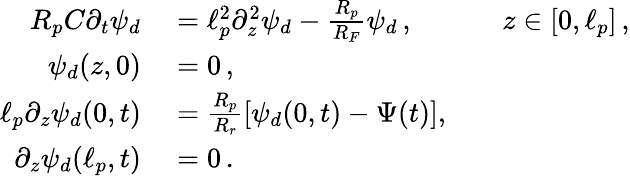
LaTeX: \begin{array}{rlrl}{R_{p}C\partial_{t}\psi_{d}}&{{}=\ell_{p}^{2}\partial_{z}^{2}\psi_{d}-\frac{R_{p}}{R_{F}}\psi_{d}\, ,}&{}&{{}z\in[0,\ell_{p}]\, ,}\\ {\psi_{d}(z,0)}&{{}=0\, ,}\\ {\ell_{p}\partial_{z}\psi_{d}(0,t)}&{{}=\frac{R_{p}}{R_{r}}[\psi_{d}(0,t)-\Psi(t)],}\\ {\partial_{z}\psi_{d}(\ell_{p},t)}&{{}=0\, .}\end{array}